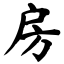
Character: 房